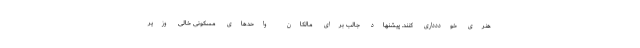
هنری خوددداری کنند. پیشنهاد جالب برای مالکان واحدهای مسکونی خالی وزیر